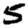
Digit: 5